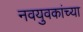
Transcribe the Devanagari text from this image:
नवयुवकांच्या